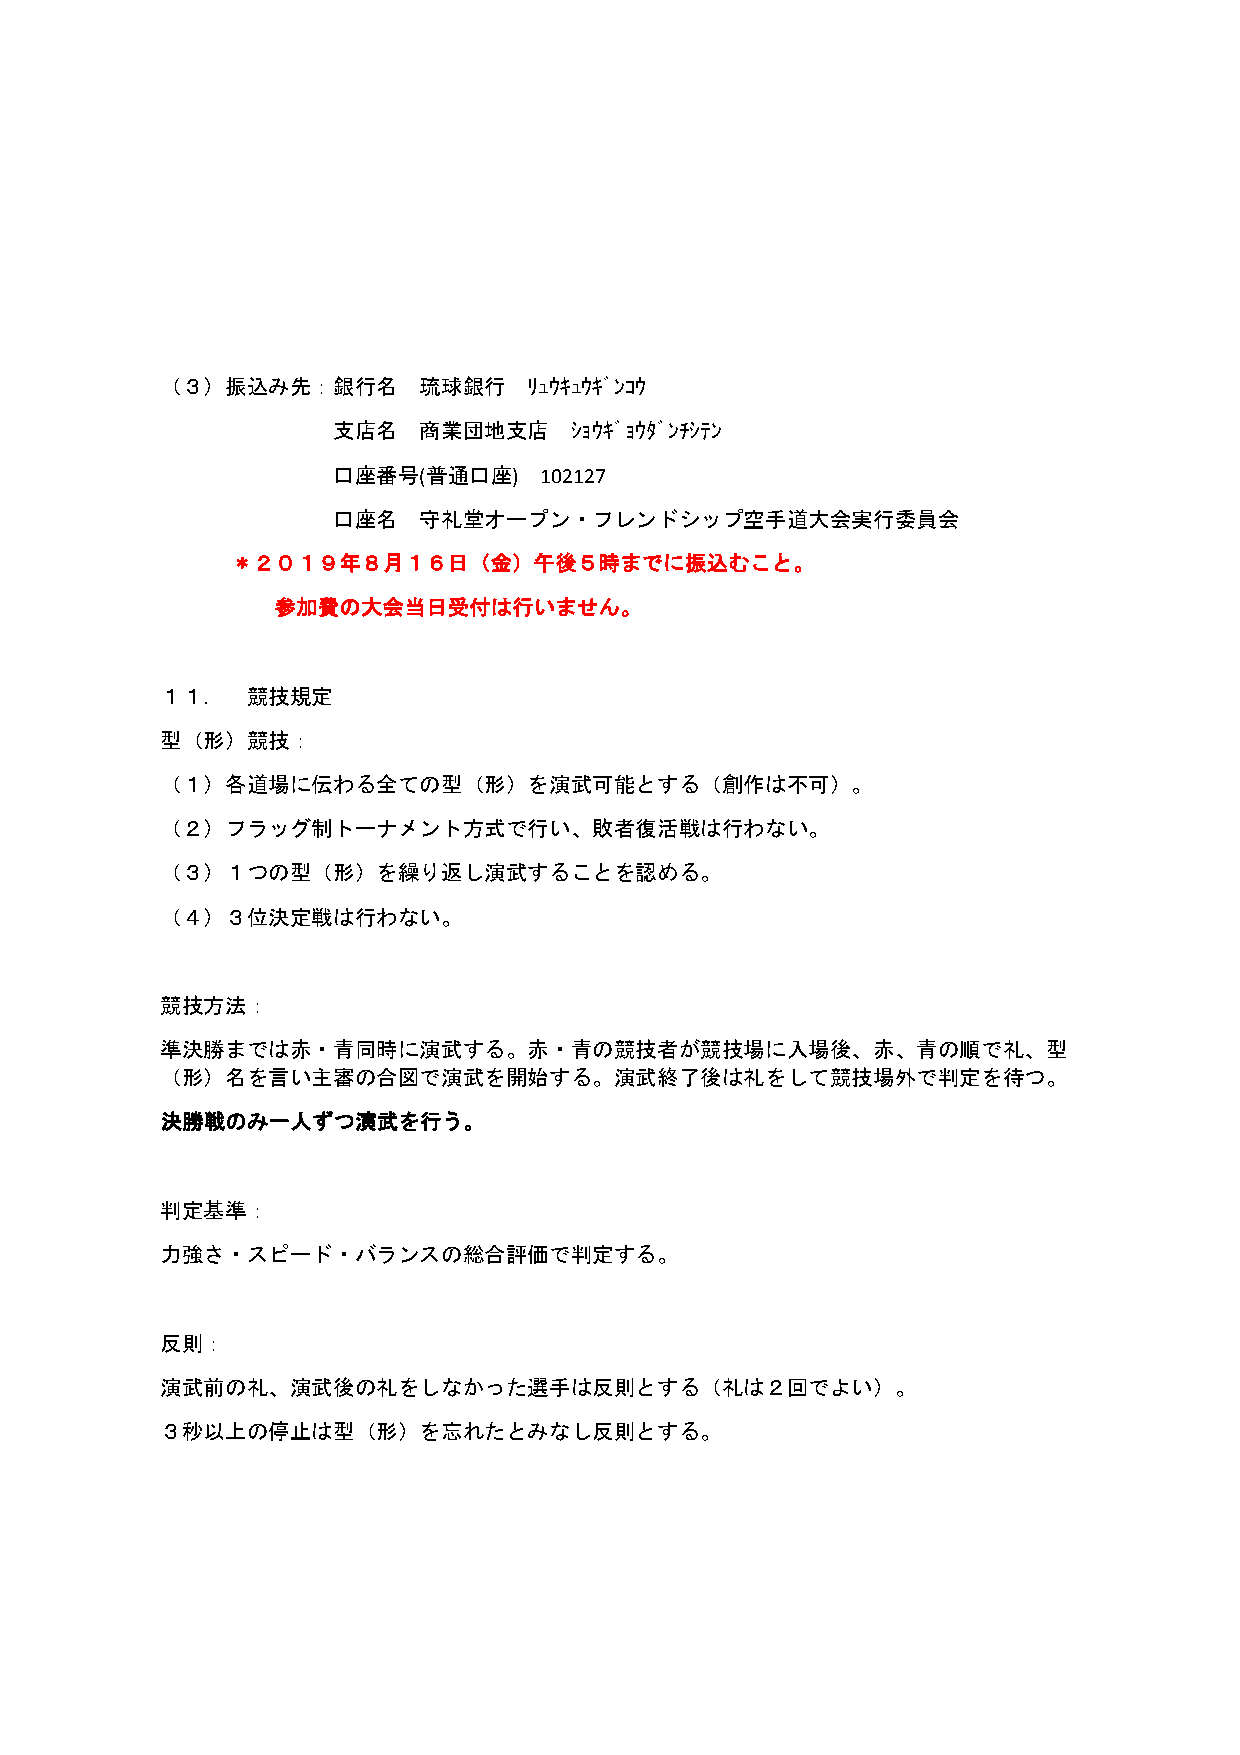
（３）振込み先：銀行名      琉球銀行   ﾘｭｳｷｭｳｷﾞﾝｺｳ
 支店名   商業団地支店    ｼｮｳｷﾞｮｳﾀﾞﾝﾁｼﾃﾝ
 口座番号(普通口座)    102127
 口座名   守礼堂オープン・フレンドシップ空手道大会実行委員会
 ＊２０１９年８月１６日（金）午後５時までに振込むこと。
 参加費の大会当日受付は行いません。
 １１．  競技規定
 型（形）競技：
 （１）各道場に伝わる全ての型（形）を演武可能とする（創作は不可）。
 （２）フラッグ制トーナメント方式で行い、敗者復活戦は行わない。
 （３）１つの型（形）を繰り返し演武することを認める。
 （４）３位決定戦は行わない。
 競技方法：
 準決勝までは赤・青同時に演武する。赤・青の競技者が競技場に入場後、赤、青の順で礼、型
 （形）名を言い主審の合図で演武を開始する。演武終了後は礼をして競技場外で判定を待つ。
 決勝戦のみ一人ずつ演武を行う。
 判定基準：
 力強さ・スピード・バランスの総合評価で判定する。
 反則：
 演武前の礼、演武後の礼をしなかった選手は反則とする（礼は２回でよい）。
 ３秒以上の停止は型（形）を忘れたとみなし反則とする。